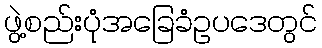
ဖွဲ့စည်းပုံအခြေခံဥပဒေတွင်